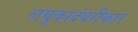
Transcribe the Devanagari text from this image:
लघुकादंबरीकार